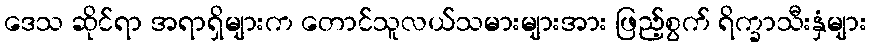
ဒေသ ဆိုင်ရာ အရာရှိများက တောင်သူလယ်သမားများအား ဖြည့်စွက် ရိက္ခာသီးနှံများ